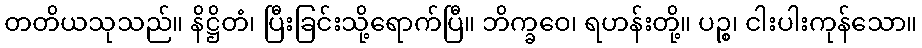
တတိယသုသည်။ နိဋ္ဌိတံ၊ ပြီးခြင်းသို့ရောက်ပြီ။ ဘိက္ခဝေ၊ ရဟန်းတို့။ ပဉ္စ၊ ငါးပါးကုန်သော။